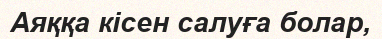
Аяққа кісен салуға болар,